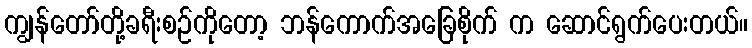
ကျွန်တော်တို့ခရီးစဉ်ကိုတော့ ဘန်ကောက်အခြေစိုက် က ဆောင်ရွက်ပေးတယ်။